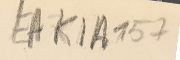
EAK1A 157